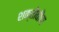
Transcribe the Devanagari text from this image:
शक्तीवीण